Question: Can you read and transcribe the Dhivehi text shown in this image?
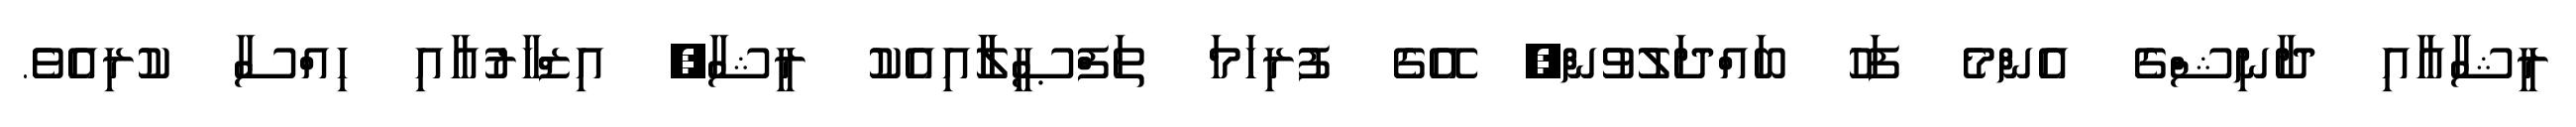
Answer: ރީޝާއާއި ދާނިޝްގެ އެންމެ ފަހު ބައްދަލުވުން, އޭގެ ފުރިހަމަ ތަފްޞީލާާއިއެކު ރީޝާ, އިޒްހާރުއާއި ހިއްސާ ކުރިއެވެ.